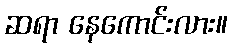
ဆရာ နေကောင်းလား။